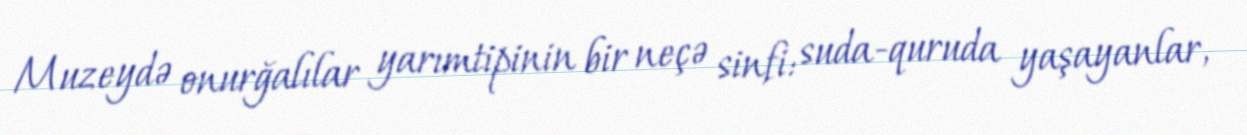
Muzeydə onurğalılar yarımtipinin bir neçə sinfi: suda-quruda yaşayanlar,